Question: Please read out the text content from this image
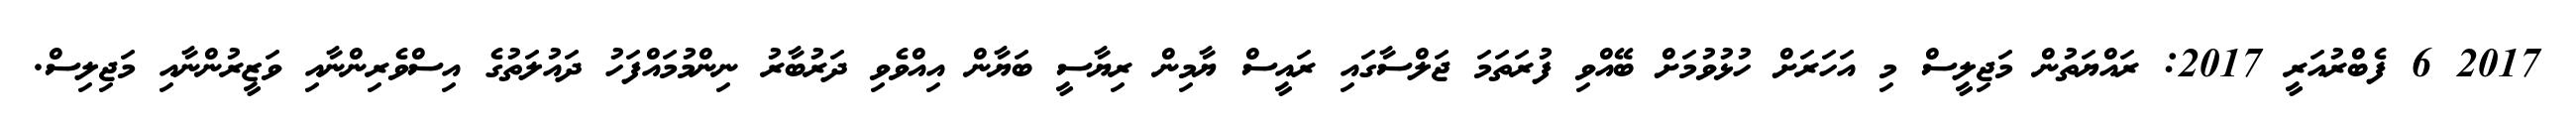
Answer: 2017 6 ފެބްރުއަރީ 2017: ރައްޔަތުން މަޖިލީސް މި އަހަރަށް ހުޅުވުމަށް ބޭއްވި ފުރަތަމަ ޖަލްސާގައި ރައީސް ޔާމިން ރިޔާސީ ބަޔާން އިއްވެވި ދަރުބާރު ނިންމުމައްފަހު ދައުލަތުގެ އިސްވެރިންނާއި ވަޒީރުންނާއި މަޖިލިސް.